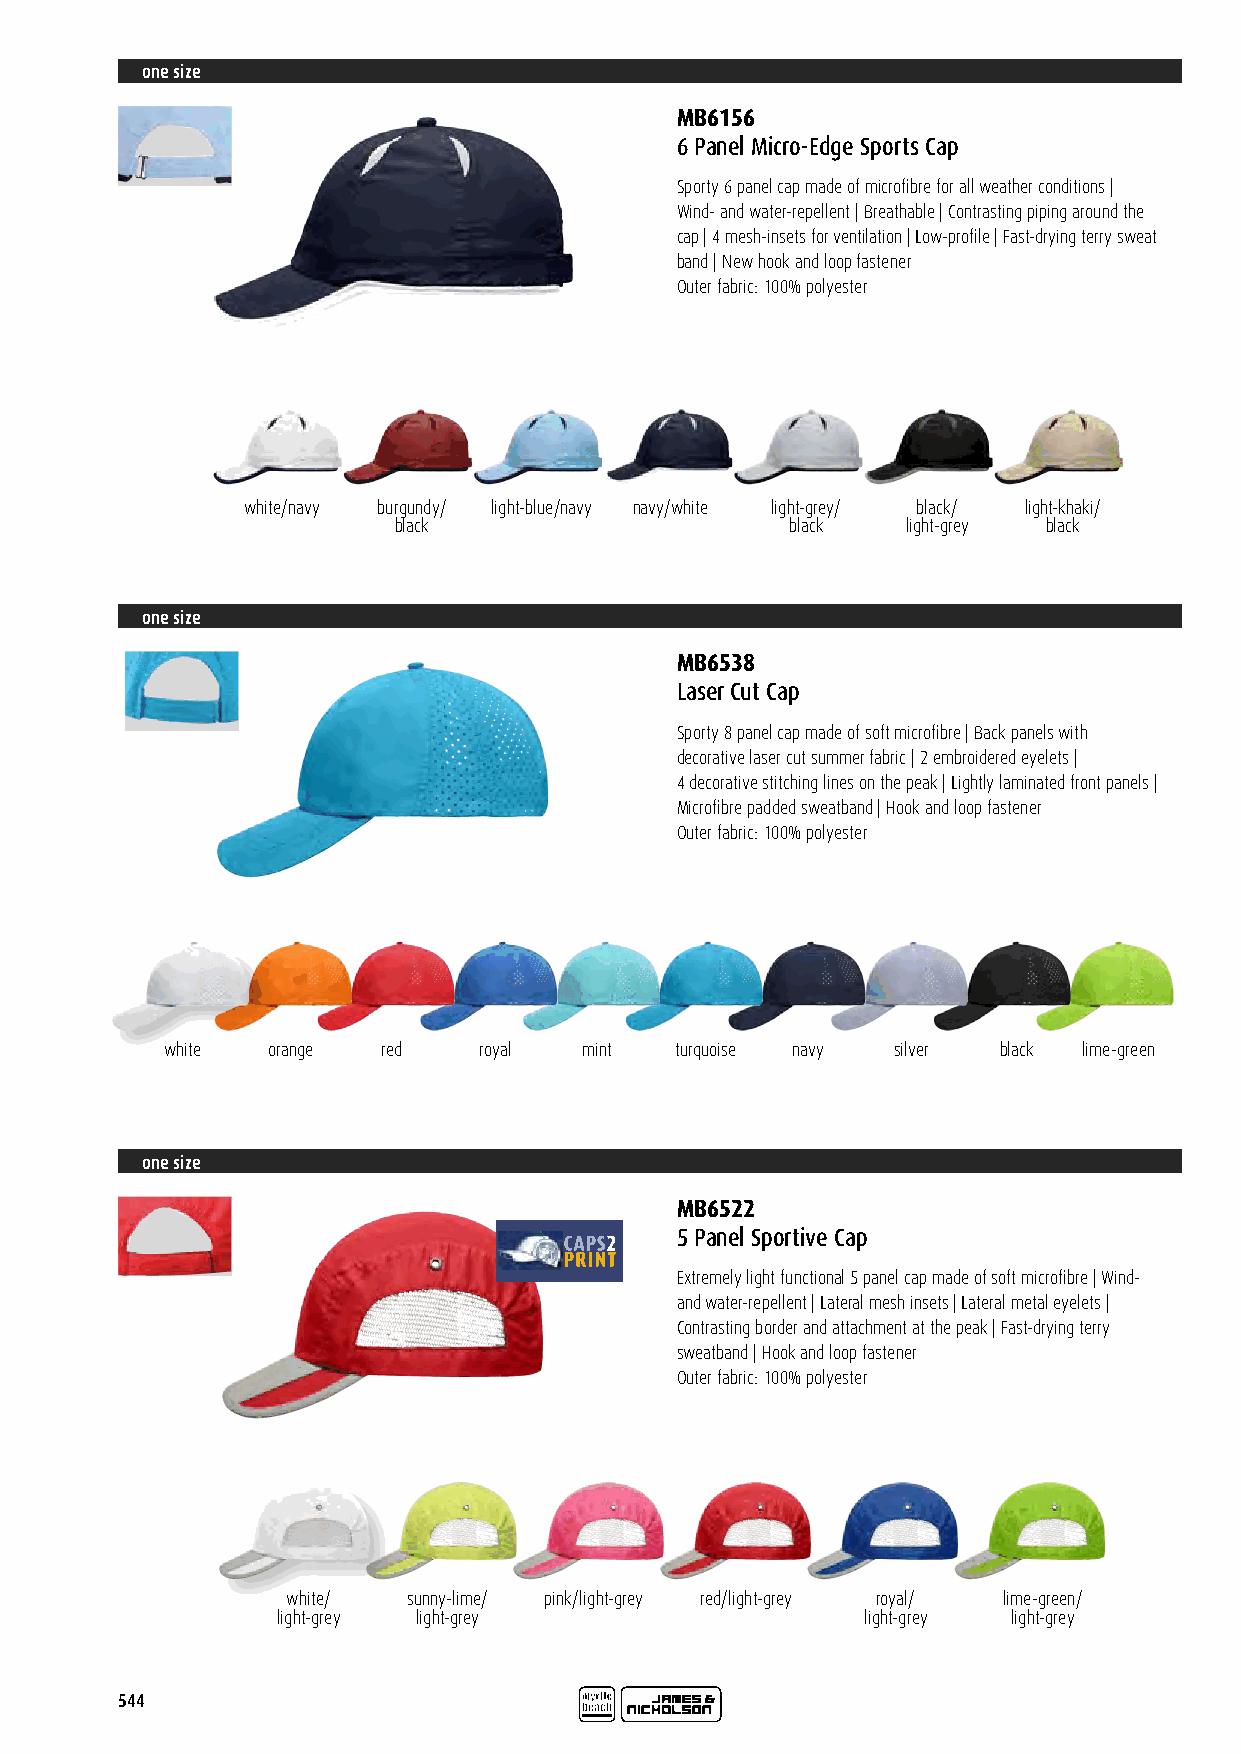
one size
 MB6156
 6 Panel Micro-Edge Sports Cap
 Sporty 6 panel cap made of microfibre for all weather conditions |
 Wind- and water-repellent | Breathable | Contrasting piping around the
 cap | 4 mesh-insets for ventilation | Low-profile | Fast-drying terry sweat
 band | New hook and loop fastener
 Outer fabric: 100% polyester
 white/navy burgundy/ light-blue/navy navy/white light-grey/ black/ light-khaki/
 black                     black   light-grey black
 one size
 MB6538
 Laser Cut Cap
 Sporty 8 panel cap made of soft microfibre | Back panels with
 decorative laser cut summer fabric | 2 embroidered eyelets |
 4 decorative stitching lines on the peak | Lightly laminated front panels |
 Microfibre padded sweatband | Hook and loop fastener
 Outer fabric: 100% polyester
 white  orange red    royal  mint  turquoise navy silver black lime-green
 one size
 MB6522
 5 Panel Sportive Cap
 Extremely light functional 5 panel cap made of soft microfibre | Wind-
 and water-repellent | Lateral mesh insets | Lateral metal eyelets |
 Contrasting border and attachment at the peak | Fast-drying terry
 sweatband | Hook and loop fastener
 Outer fabric: 100% polyester
 white/  sunny-lime/ pink/light-grey red/light-grey royal/ lime-green/
 light-grey light-grey                  light-grey light-grey
 544